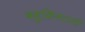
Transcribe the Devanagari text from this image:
बहुक्रिस्टली